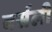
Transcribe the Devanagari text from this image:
वर्सली